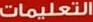
التعليمات